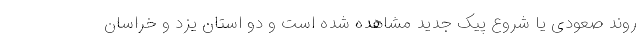
روند صعودی یا شروع پیک جدید مشاهده شده است و دو استان یزد و خراسان